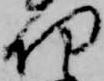
切